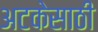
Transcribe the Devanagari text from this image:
अटकेसाठी